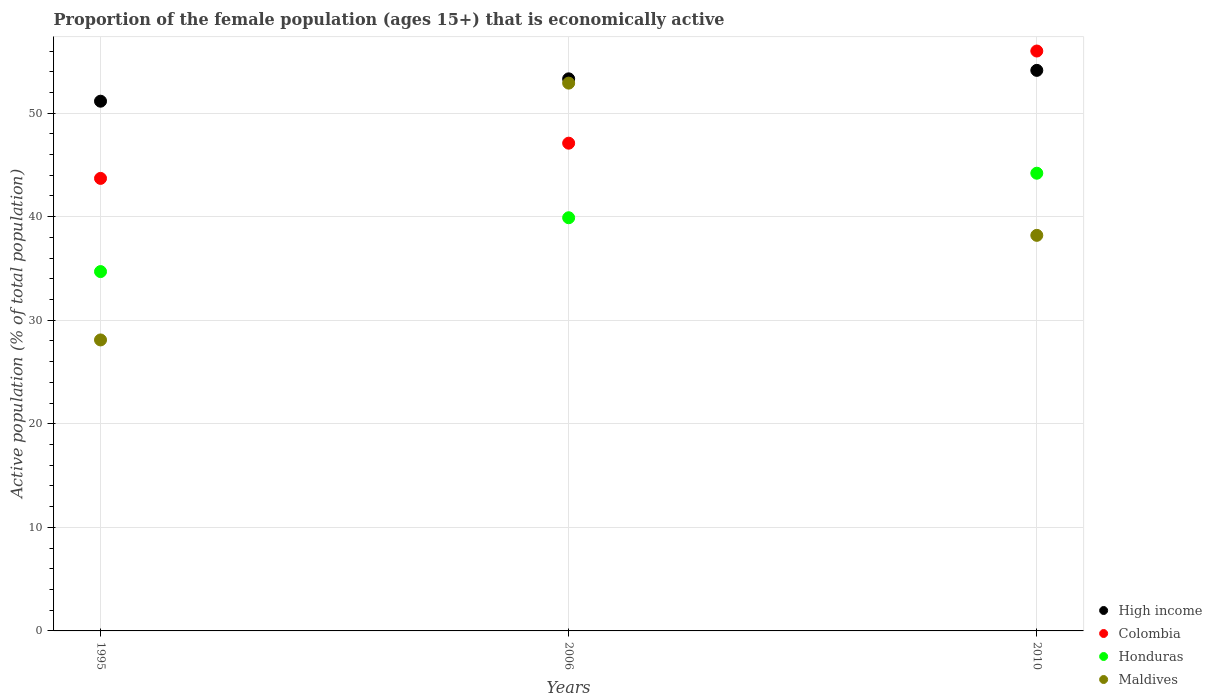
| Years | High income | Colombia | Honduras | Maldives |
 | --- | --- | --- | --- | --- |
 | 1995 | 51.2 | 43.7 | 34.7 | 28.1 |
 | 2006 | 53.3 | 47.1 | 39.9 | 52.9 |
 | 2010 | 54.1 | 56 | 44.2 | 38.2 |